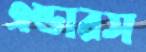
এন্ডারস